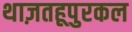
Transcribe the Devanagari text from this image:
थाज़तहूपुरकल